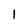
Character: l